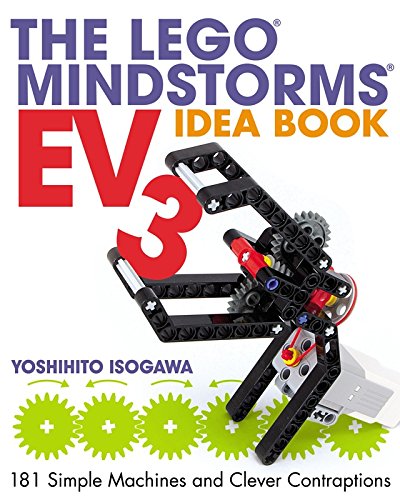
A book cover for The LEGO MINDSTORMS EV3 Idea Book: 181 Simple Machines and Clever Contraptions; Yoshihito Isogawa; Engineering & Transportation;